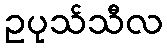
ဥပုသ်သီလ